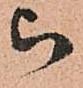
被